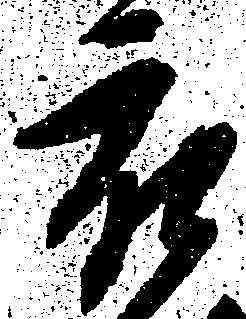
被